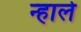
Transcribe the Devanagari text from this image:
न्हाले